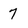
Character: 7